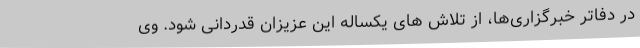
در دفاتر خبرگزاری‌ها، از تلاش های یکساله این عزیزان قدردانی شود. وی